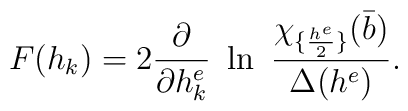
F(h_k)=2{\partial \over \partial h^e_k}~\ln\ {\chi_{\{{h^e\over2}\}}({\bar b})\over \Delta(h^e)}.